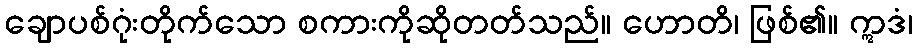
ချောပစ်ဂုံးတိုက်သော စကားကိုဆိုတတ်သည်။ ဟောတိ၊ ဖြစ်၏။ ဣဒံ၊